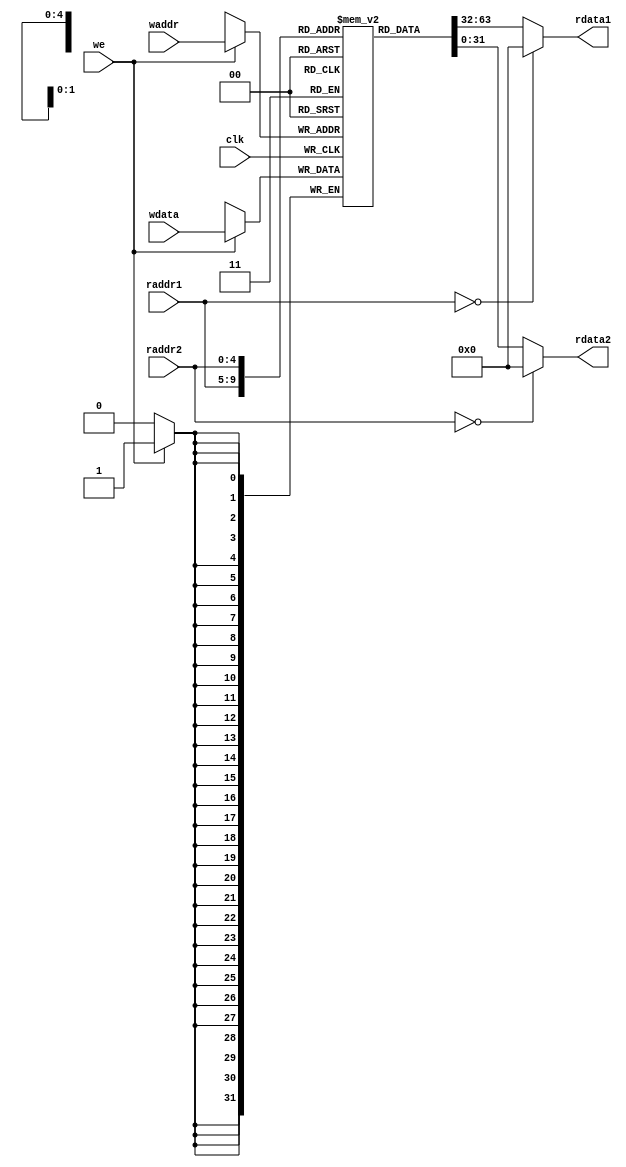
`timescale 10 ns / 1 ns

module regfile(
	input         clk,
    input  [4:0]  raddr1,
    output [31:0] rdata1,
    input  [4:0]  raddr2,
    output [31:0] rdata2,
    input         we,
    input  [4:0]  waddr,
    input  [31:0] wdata
);
reg [31:0] rf [31:0];

always @(posedge clk)
begin
	if(we)
        rf[waddr] <= wdata;
end
assign rdata1 = (raddr1==5'b0) ? 32'b0 : rf[raddr1];
assign rdata2 = (raddr2==5'b0) ? 32'b0 : rf[raddr2];
endmodule